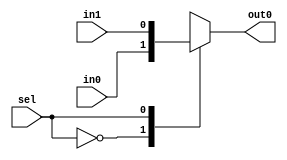
module mux_v4(input wire in0,
				  input wire in1,
				  input wire sel,
				  output reg out0
				  );
always@( * )
case(sel)
0: out0=in0;
1: out0=in1;
default: out0 = 0;
endcase
endmodule // mux_v4